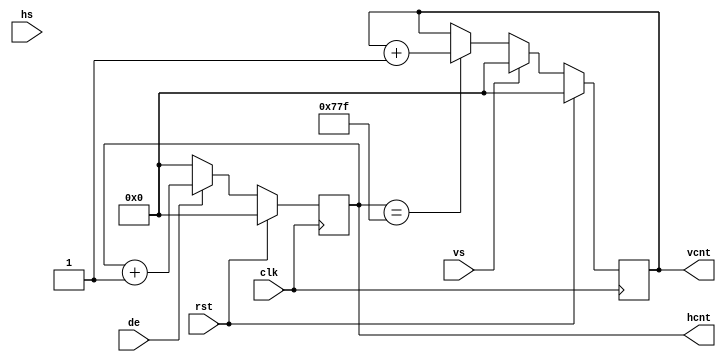
module pcnt (
	input  wire        clk,
	input  wire        rst,
	input  wire        hs,
	input  wire        vs,
	input  wire        de,
	output reg  [11:0] hcnt,
	output reg  [11:0] vcnt
);

wire [11:0] hpixels = 12'd1920;

always @ (posedge clk) begin
	if (rst) begin
		hcnt <= 12'd0;
		vcnt <= 12'd0;
	end else begin
		if (de) 
			hcnt <= hcnt + 12'd1;
		else//if (hs)
			hcnt <= 12'd0;

		if (vs)
			vcnt <= 12'd0;
		else if (hcnt == hpixels - 1)
			vcnt <= vcnt + 12'd1;
	end
end



endmodule